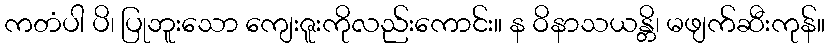
ကတံပါ ပိ၊ ပြုဘူးသော ကျေးဇူးကိုလည်းကောင်း။ န ဝိနာသယန္တိ၊ မဖျက်ဆီးကုန်။